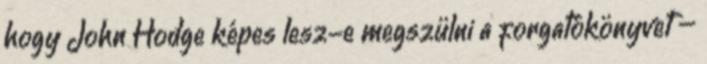
hogy John Hodge képes lesz-e megszülni a forgatókönyvet –